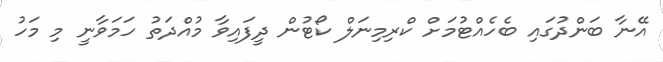
އޭނާ ބަންދުގައި ބެހެއްޓުމަށް ކްރިމިނަލް ކޯޓުން ދީފައިވާ މުއްދަތު ހަމަވާނީ މި މަހު